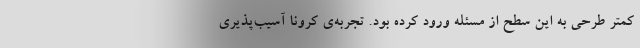
کمتر طرحی به این سطح از مسئله ورود کرده بود. تجربه‌ی کرونا آسیب‌پذیری